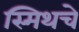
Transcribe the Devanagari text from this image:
स्मिथचे